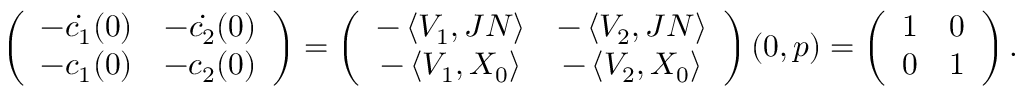
\left( \begin{array} { c c } { - \dot { c _ { 1 } } ( 0 ) } & { - \dot { c _ { 2 } } ( 0 ) } \\ { - c _ { 1 } ( 0 ) } & { - c _ { 2 } ( 0 ) } \end{array} \right) = \left( \begin{array} { c c } { - \left\langle V _ { 1 } , J N \right\rangle } & { - \left\langle V _ { 2 } , J N \right\rangle } \\ { - \left\langle V _ { 1 } , X _ { 0 } \right\rangle } & { - \left\langle V _ { 2 } , X _ { 0 } \right\rangle } \end{array} \right) ( 0 , p ) = \left( \begin{array} { c c } { 1 } & { 0 } \\ { 0 } & { 1 } \end{array} \right) .